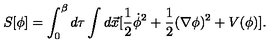
S [ \phi ] = \int _ { 0 } ^ { \beta } d \tau \int d \vec { x } [ \frac { 1 } { 2 } \dot { \phi } ^ { 2 } + \frac { 1 } { 2 } ( \nabla \phi ) ^ { 2 } + V ( \phi ) ] .